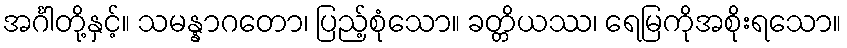
အင်္ဂါတို့နှင့်။ သမန္နာဂတော၊ ပြည့်စုံသော။ ခတ္တိယဿ၊ ရေမြကိုအစိုးရသော။